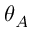
\theta _ { A }